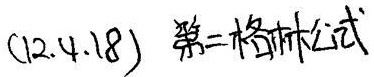
(12.4.18) 第二格林公式